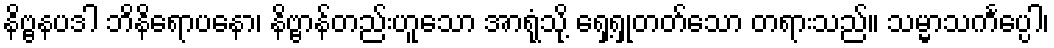
နိဗ္ဗနပဒါ ဘိနိရောပနော၊ နိဗ္ဗာန်တည်းဟူသော အာရုံသို့ ရှေ့ရှုတတ်သော တရားသည်။ သမ္မာသင်္ကပ္ပေါ၊